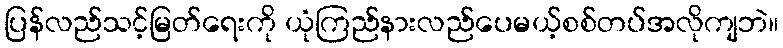
ပြန်လည်သင့်မြတ်ရေးကို ယုံကြည်နားလည်ပေမယ့်စစ်တပ်အလိုကျဘဲ။